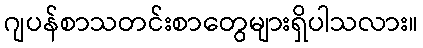
ဂျပန်စာသတင်းစာတွေများရှိပါသလား။